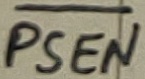
Text: PSEN